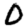
Digit: 0